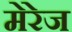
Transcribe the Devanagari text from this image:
मेरेज